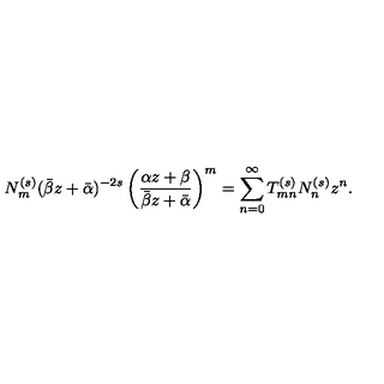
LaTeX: N _ { m } ^ { ( s ) } ( \bar { \beta } z + \bar { \alpha } ) ^ { - 2 s } \left( \frac { \alpha z + \beta } { \bar { \beta } z + \bar { \alpha } } \right) ^ { m } = \sum _ { n = 0 } ^ { \infty } T _ { m n } ^ { ( s ) } N _ { n } ^ { ( s ) } z ^ { n } .